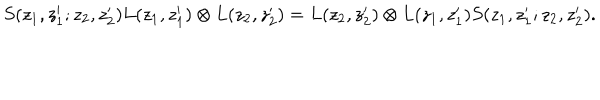
S ( z _ { 1 } , z _ { 1 } ^ { \prime } ; z _ { 2 } , z _ { 2 } ^ { \prime } ) L ( z _ { 1 } , z _ { 1 } ^ { \prime } ) \otimes L ( z _ { 2 } , z _ { 2 } ^ { \prime } ) = L ( z _ { 2 } , z _ { 2 } ^ { \prime } ) \otimes L ( z _ { 1 } , z _ { 1 } ^ { \prime } ) S ( z _ { 1 } , z _ { 1 } ^ { \prime } ; z _ { 2 } , z _ { 2 } ^ { \prime } ) .